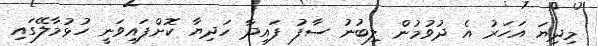
މިދިޔަ އަހަރު އެ ދުވުމުން ލިބުނު ސާފު ފައިދާ ހަދިޔާ ކޮށްފައިވަނީ ހުޅުމާލޭގައި